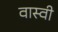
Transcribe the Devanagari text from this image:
वास्वी